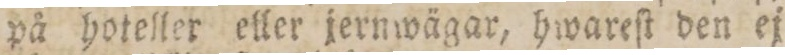
på hoteller eller jernwägar, hwareſt den ej